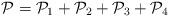
LaTeX: \begin{align*}\mathcal{P}=\mathcal{P}_1+\mathcal{P}_2+\mathcal{P}_3 +\mathcal{P}_4\end{align*}